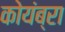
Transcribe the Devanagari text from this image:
कोयंब्रा